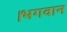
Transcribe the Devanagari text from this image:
।भगवान